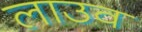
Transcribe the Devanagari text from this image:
लाउव